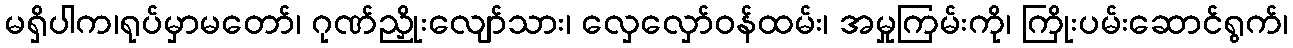
မရှိပါက၊ရုပ်မှာမတော်၊ ဂုဏ်ညှိုးလျော်သား၊ လှေလှော်ဝန်ထမ်း၊ အမှုကြမ်းကို၊ ကြိုးပမ်းဆောင်ရွက်၊